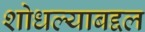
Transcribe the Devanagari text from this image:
शोधल्याबद्दल